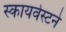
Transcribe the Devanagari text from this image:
स्कायवेस्टने